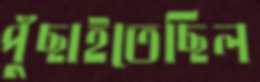
পুঁছাইতেছিল